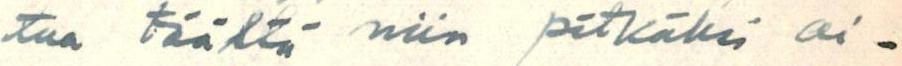
tua täältä niin pitkäksi ai-